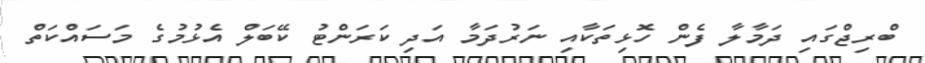
ބްރިޖްގައި ދަމާލާ ފެން ހޮޅިތަކާއި ނަރުދަމާ އަދި ކަރަންޓު ކޭބަލް އެޅުމުގެ މަސައްކަތް